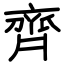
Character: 齊